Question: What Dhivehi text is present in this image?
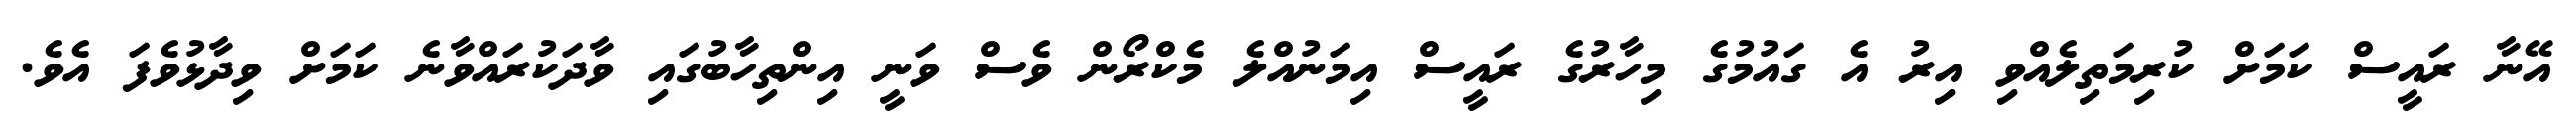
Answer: އޭނާ ރައީސް ކަމަށް ކުރިމަތިލެއްވި އިރު އެ ގައުމުގެ މިހާރުގެ ރައީސް އިމަނުއްލެ މެކްރޯން ވެސް ވަނީ އިންތިހާބުގައި ވާދަކުރައްވާނެ ކަމަށް ވިދާޅުވެފަ އެވެ.